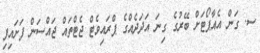
ސ. ގަން އެއާޕޯޓަށް ބޭރުގެ ގިނަ އަދަދެއްގެ ޕްރައިވެޓް ޖެޓްތައް ޖައްސަން ފަށައިފި